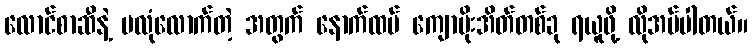
လောင်စာဆီနဲ့ မလုံလောက်တဲ့ အတွက် နောက်ထပ် ကျောပိုးအိတ်တစ်ခု ရယူဖို့ လိုအပ်ပါတယ်။